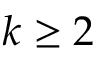
k \ge 2